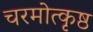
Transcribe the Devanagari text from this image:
चरमोत्कृष्ठ